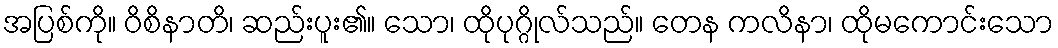
အပြစ်ကို။ ဝိစိနာတိ၊ ဆည်းပူး၏။ သော၊ ထိုပုဂ္ဂိုလ်သည်။ တေန ကလိနာ၊ ထိုမကောင်းသော